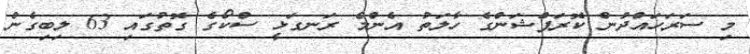
މި ސަރަހައްދުން ކޮރަޕްޝަންގެ ހާލަތު އެންމެ ރަނގަޅީ ސްކޯގެ ގޮތުގައި 63 ލިބިގެން